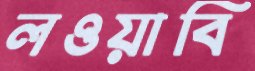
লওয়াবি